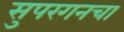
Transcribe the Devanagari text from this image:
सुपरगनचा